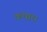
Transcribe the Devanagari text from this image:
कंधार।